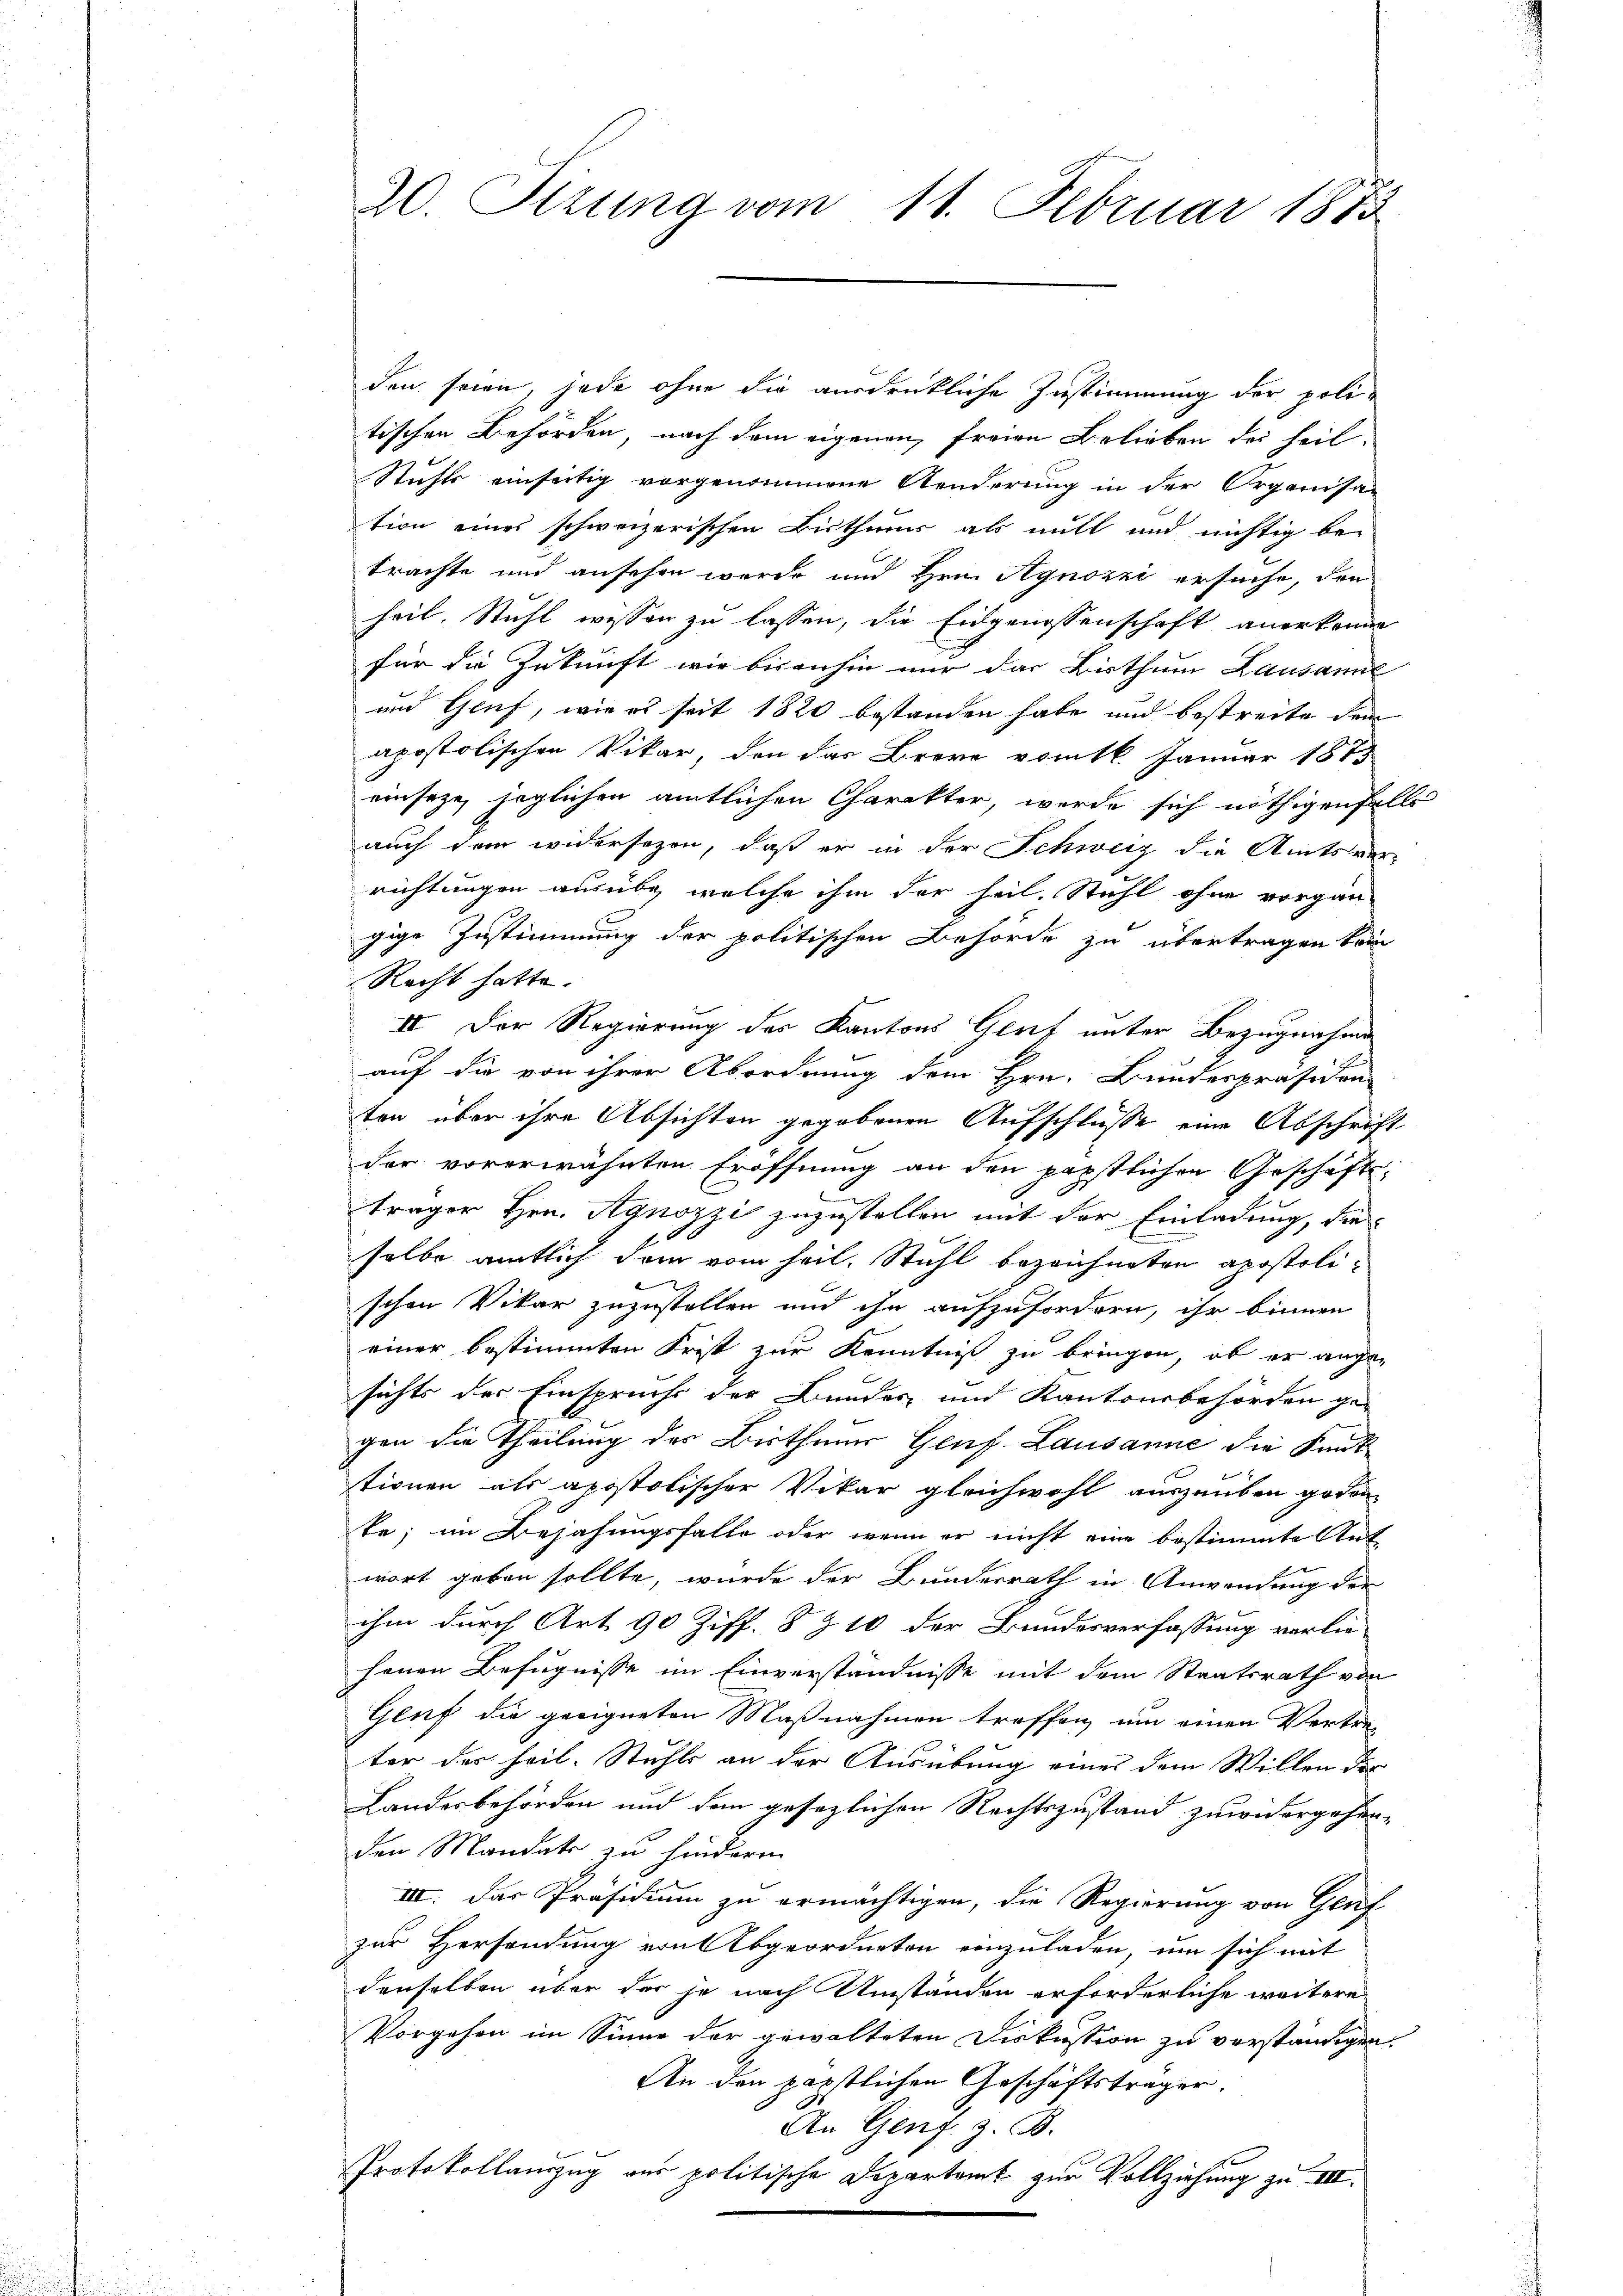
den seien, jede ohne die ausdrückliche Zustimmung der politischen Behörden, nach dem eigenen, freien Belieben der heil¬
Stuhls einseitig vorgenommene Aenderung in der Organisa-
tion eines schweizerischen Bisthum als mitt und nichtig be-
trachte und ansehen wurde und Hrn. Agnozzi ersuche, den
heil. Stuhl wissen zu lassen, die Eidgenossenschaft anerkenne
für die Zukunft wir bisanhin nur das Bisthum Lausanne
und Genf, wie es seit 1820 bestanden habe und bestreite dem
apostolischen Vikar, den das Brere vom 16. Januar 1873
einseze, jeglichen amtlichen Charakter, werde sich nöthigenfalls
auch dem widersezen, daß er in der Schweiz die Amtsver-
richtungen ausübe, welche ihm der heil. Stuhl ohne vorgan-
gige Zustimmung der politischen Behörde zu übertragen kein
Recht hatte.
IV. Der Regierung des Kantons Genf unter Bezugnahme
auf die von ihrer Abordnung dem Hrn. Bundespräsiden-
ten über ihre Absichten gegebenen Aufschlüsse eine Abschrift
der vorerwähnten Eröffnung an den päpstlichen Geschäfts-
träger Hrn. Agnozzi zuzustellen mit der Einladung, die
selbe amtlich dem vom heil. Stuhl bezeichneten apostolischon Vikar zuzustellen und ihn aufzufordern, ihr binnen
einer bestimmten Frist zur Kenntniß zu bringen, ob er angesichts der Einspruchs der Bundes und Kantonsbehörden ge-
gen die Theilung des Bistheuer Genf-Lausanne die Kant
stionen als apostolischer Vikar gleichwohl auszuüben geson
te; im Bejahungsfalle oder wenn er nicht eine bestimmte Ant-
wort geben sollte, wurde der Bunderrath in Anwendung der
ihm durch Art. 90 Ziff. § 210 der Bundesverfassung verliefenen Befugnisse im Einverständnisse mit dem Staatsrath von
Genf die geeigneten Maßnahmen treffen um einen Vertre-
ter der heil. Stuhls an der Ausübung eines dem Willen der
Landesbehörden und dem gesezlichen Rechtszustand zuwidergehen-
den Mandate zu hinderm
III. Das Präsidium zu ermächtigen, die Regierung von Genf
zur Hersendung von Abgeordneten einzuladen, um sich mit
denselben über der je nach Umständen erforderliche weitere
Vorgehen im Sinne der gewalteten Diskussion zu verständigen.
An den päpstlichen Geschäftsträger.
An Genf z. B.
Protokollanzug aus politische Departamt zur Vollziehung zu III.

20. Sizung vom 11. Februar 1873